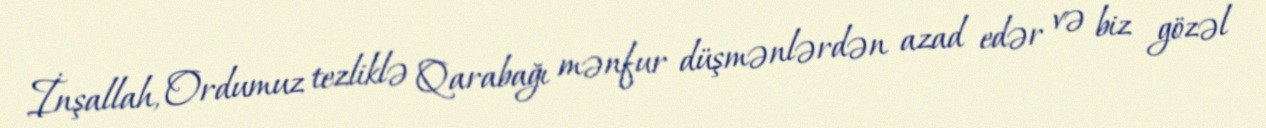
İnşallah, Ordumuz tezliklə Qarabağı mənfur düşmənlərdən azad edər və biz gözəl